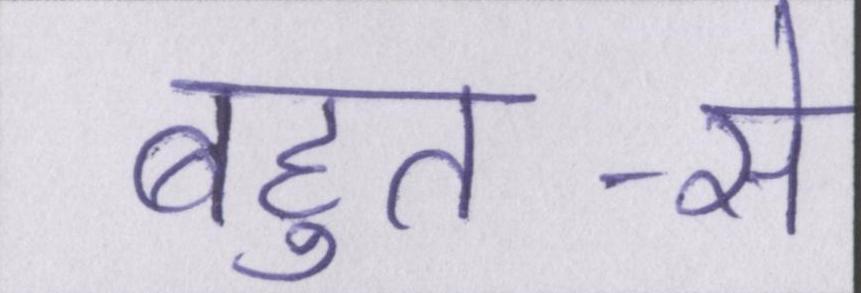
बहुत-से